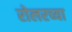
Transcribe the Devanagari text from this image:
रोलरच्या